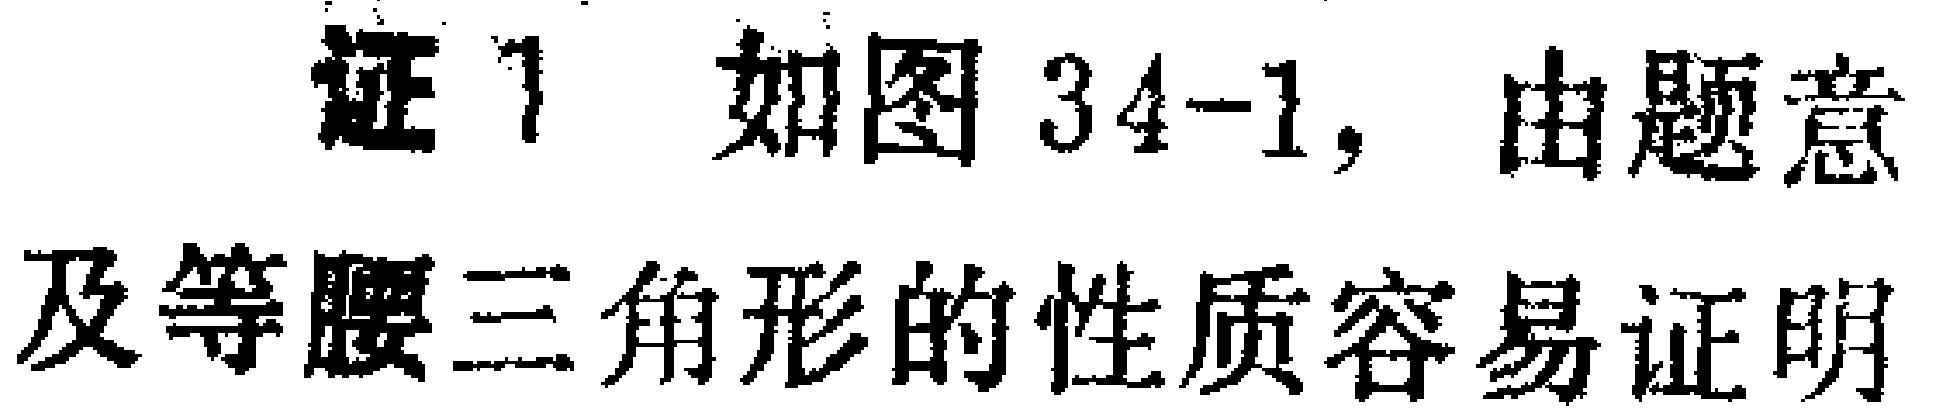
证 1 如图 34-1, 由题意及等腰三角形的性质容易证明